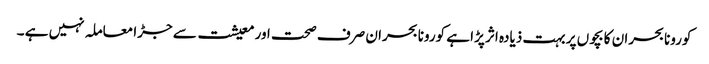
کورونا بحران کا بچوں پر بہت ذیادہ اثر پڑا ہے کورونا بحران صرف صحت اور معیشت سے جڑا معاملہ نہیں ہے ۔